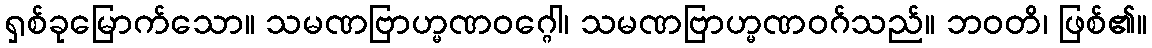
ရှစ်ခုမြောက်သော။ သမဏဗြာဟ္မဏဝဂ္ဂေါ၊ သမဏဗြာဟ္မဏဝဂ်သည်။ ဘဝတိ၊ ဖြစ်၏။